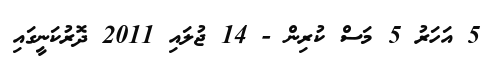
5 އަހަރު 5 މަސް ކުރިން - 14 ޖުލައި 2011 ދޮރުކަނީގައި